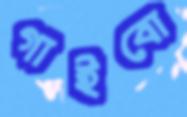
গাইবো